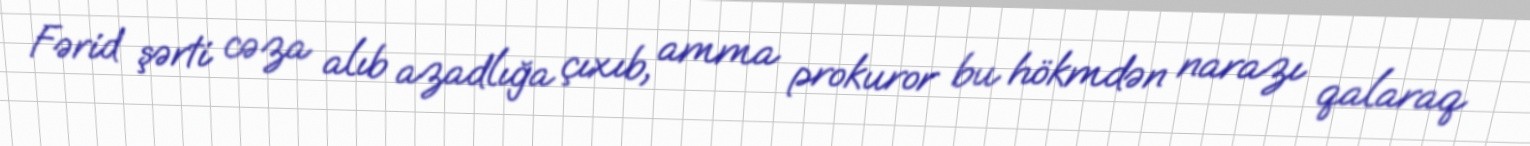
Fərid şərti cəza alıb azadlığa çıxıb, amma prokuror bu hökmdən narazı qalaraq